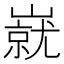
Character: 㠇